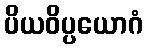
ပိယဝိပ္ပယောဂံ